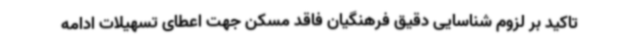
تاکید بر لزوم شناسایی دقیق فرهنگیان فاقد مسکن جهت اعطای تسهیلات ادامه